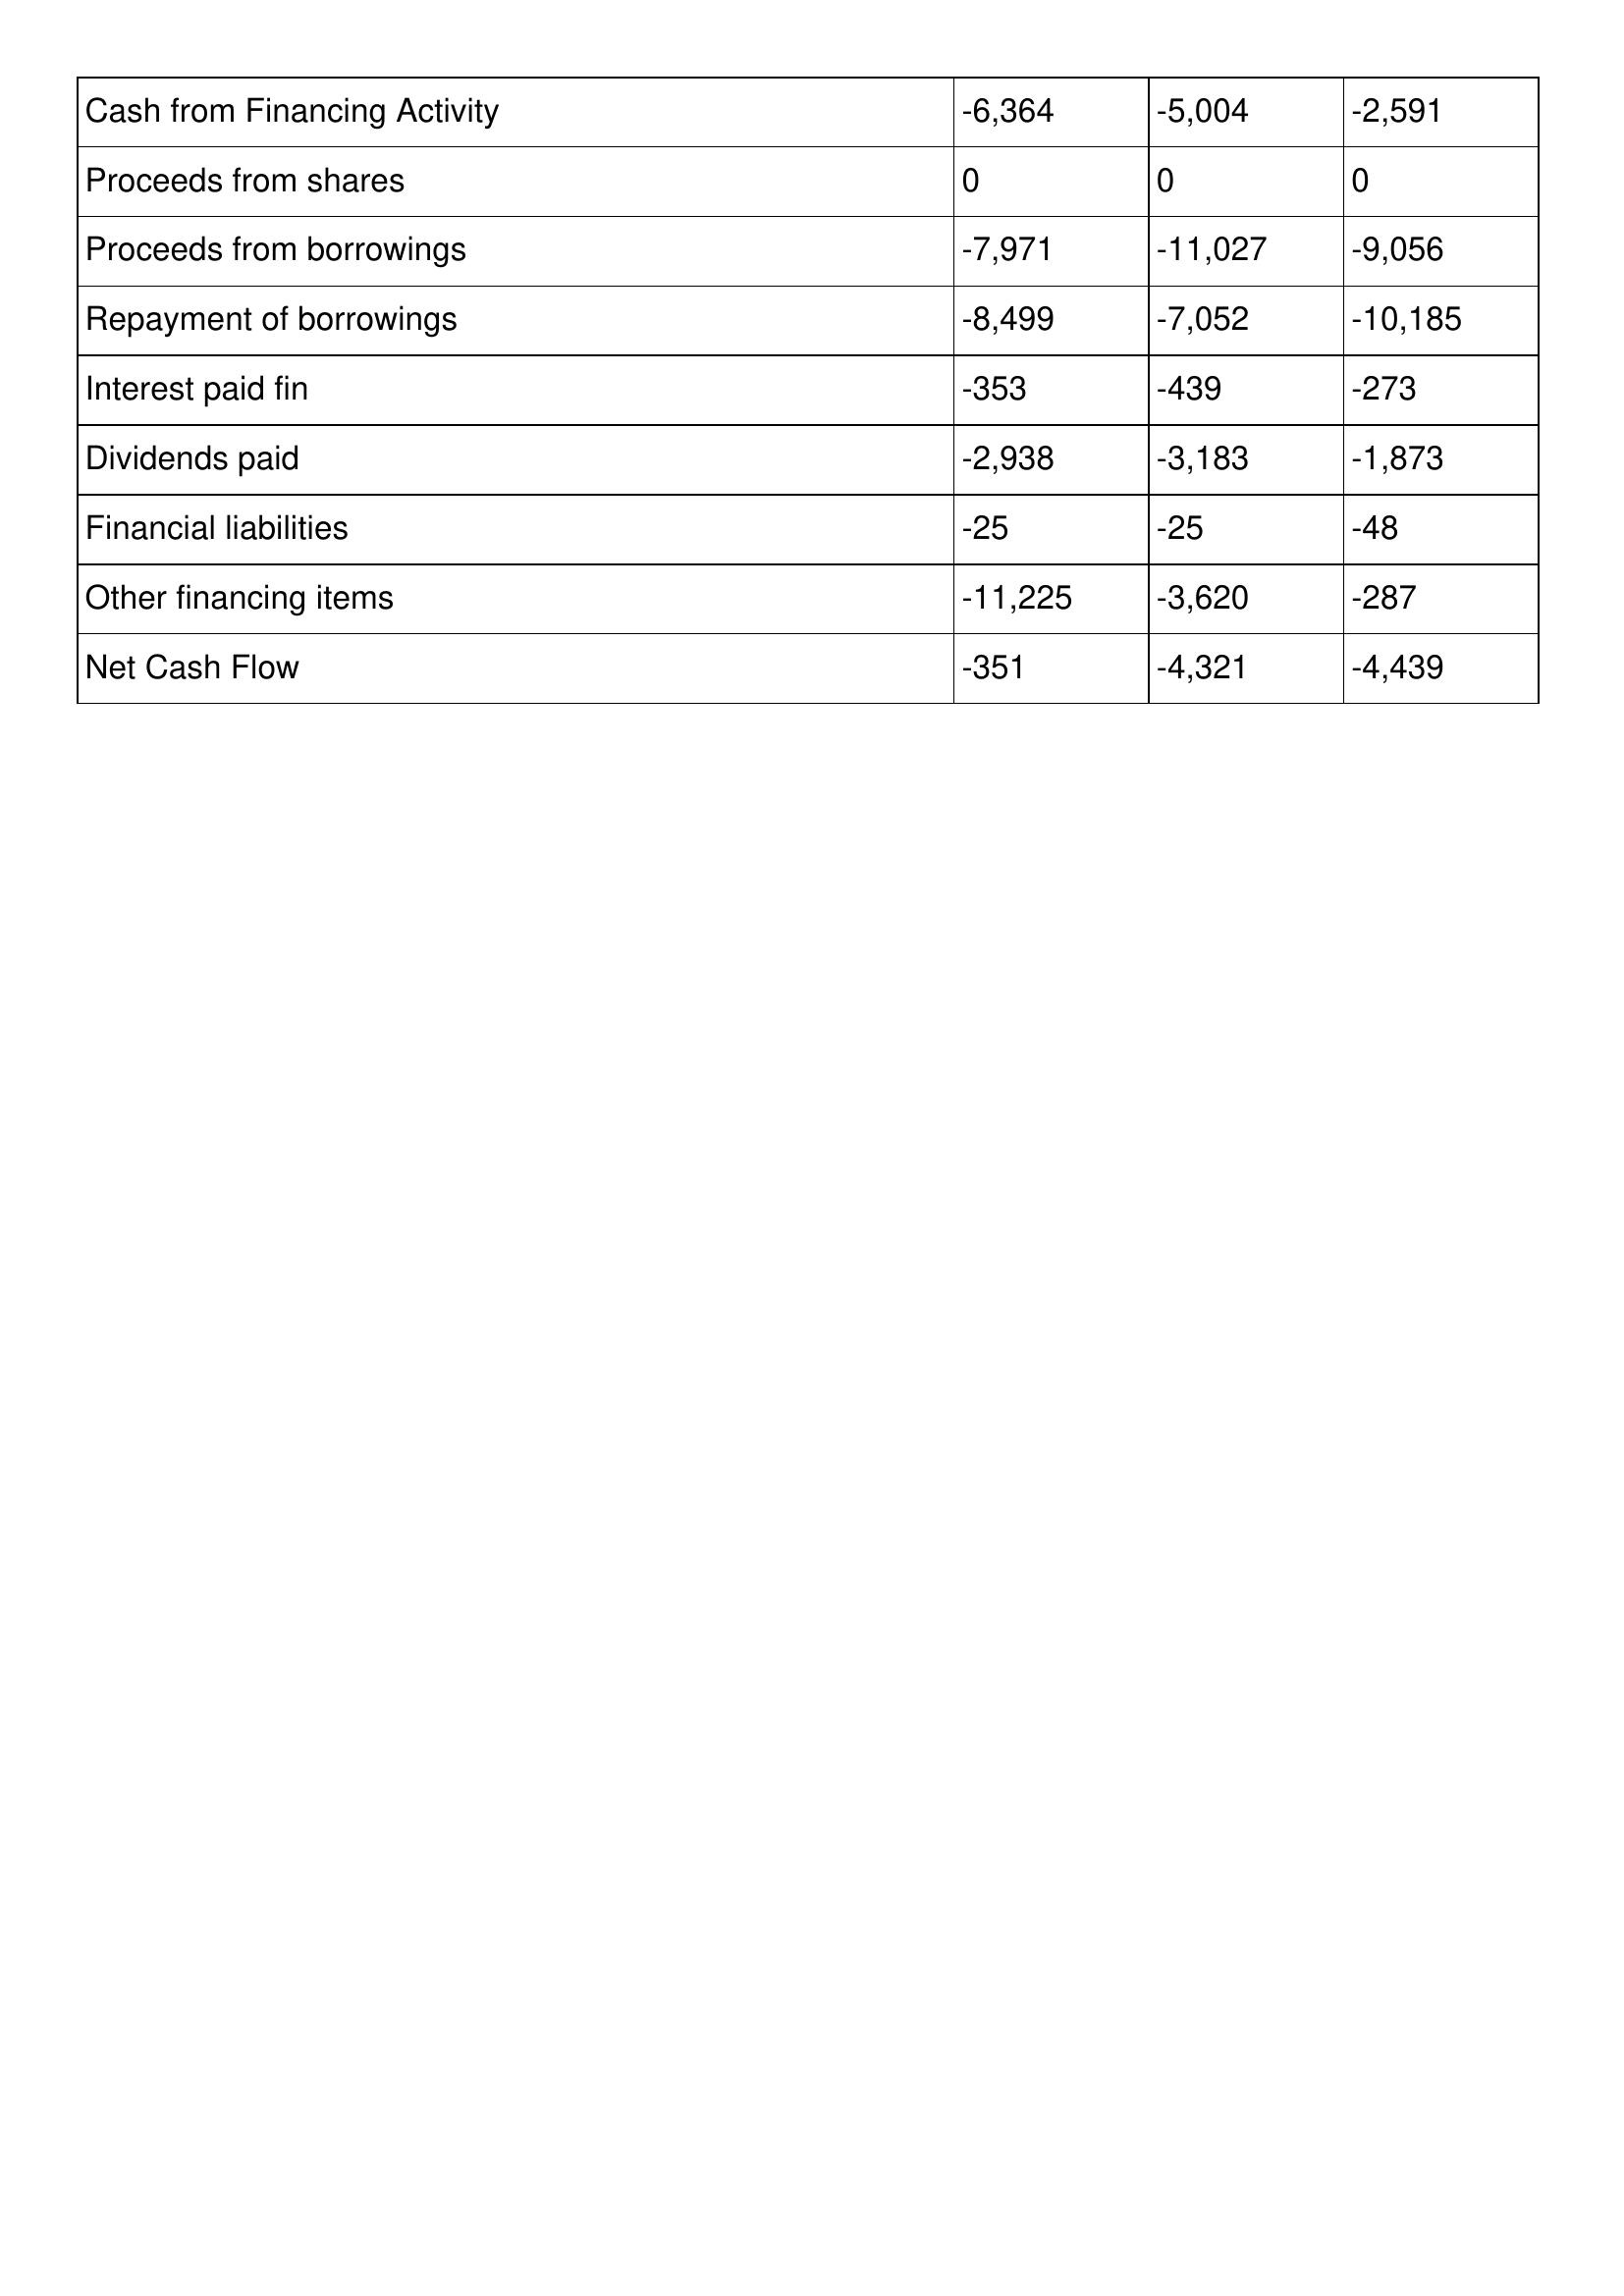
gt_parse: 2001: Cash Flows: Cash from Financing Activity: -6,364
Proceeds from shares: 0
Proceeds from borrowings: -7,971
Repayment of borrowings: -8,499
Interest paid fin: -353
Dividends paid: -2,938
Financial liabilities: -25
Other financing items: -11,225
Net Cash Flow: -351
2000: Cash Flows: Cash from Financing Activity: -5,004
Proceeds from shares: 0
Proceeds from borrowings: -11,027
Repayment of borrowings: -7,052
Interest paid fin: -439
Dividends paid: -3,183
Financial liabilities: -25
Other financing items: -3,620
Net Cash Flow: -4,321
1999: Cash Flows: Cash from Financing Activity: -2,591
Proceeds from shares: 0
Proceeds from borrowings: -9,056
Repayment of borrowings: -10,185
Interest paid fin: -273
Dividends paid: -1,873
Financial liabilities: -48
Other financing items: -287
Net Cash Flow: -4,439